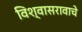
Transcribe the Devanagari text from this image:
विश्वासरावाचे